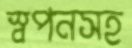
স্বপনসহ